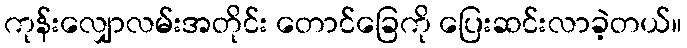
ကုန်းလျှောလမ်းအတိုင်း တောင်ခြေကို ပြေးဆင်းလာခဲ့တယ်။